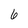
Character: 6